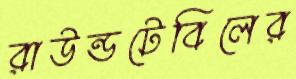
রাউন্ডটেবিলের